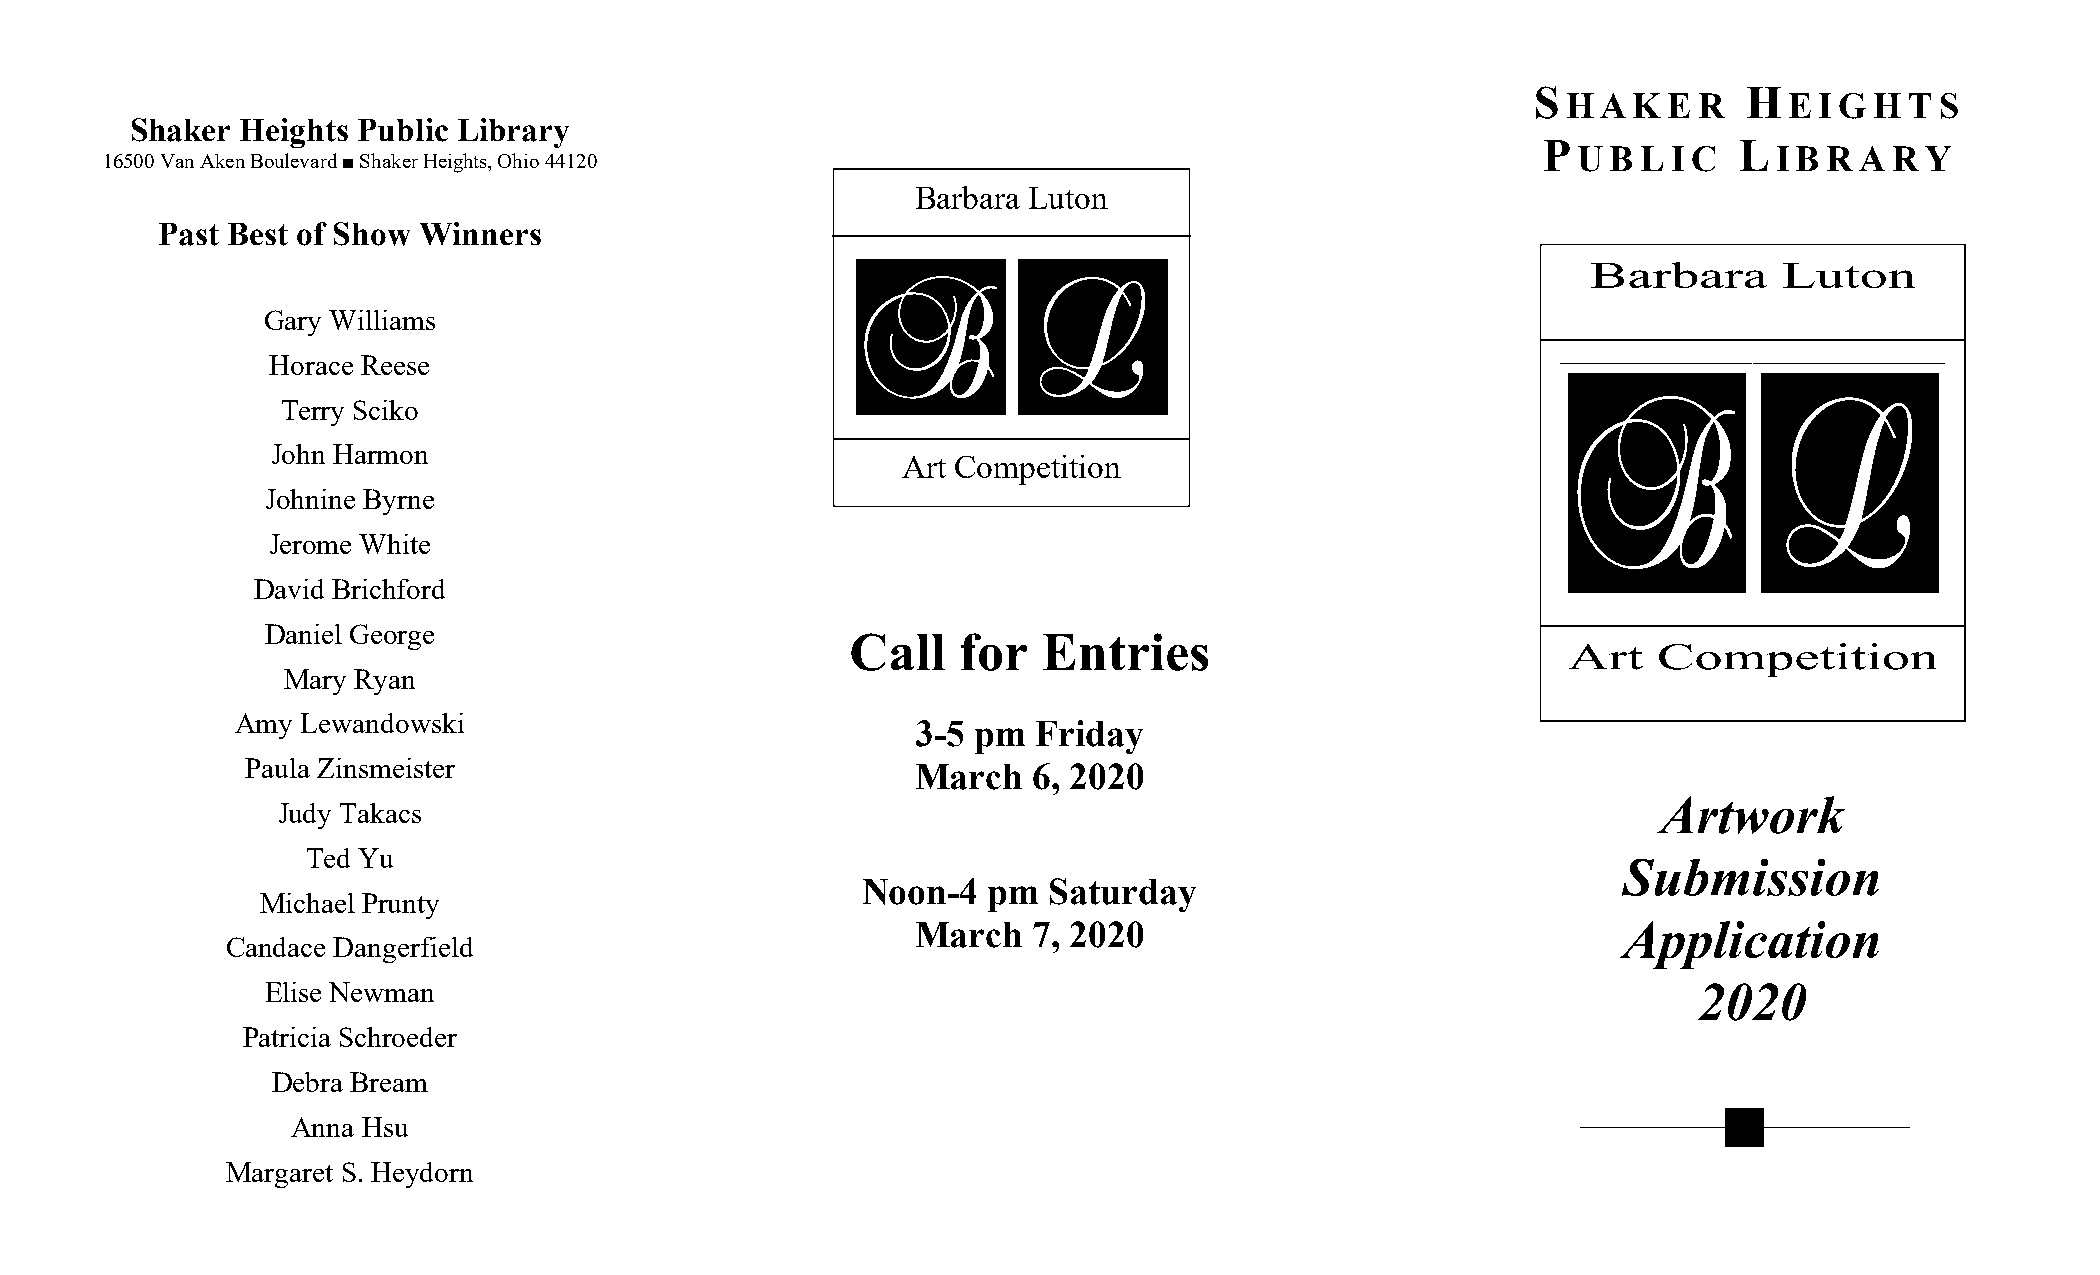
S             H
 HAKER         EIGHTS
 Shaker Heights Public Library
 P            L
 16500 Van Aken Boulevard ■ Shaker Heights, Ohio 44120
 U  B L I C    IBRARY
 Barbara Luton
 Past Best of Show Winners
 Barbara      Luton
 Gary Williams
 Horace Reese
 Terry Sciko
 John Harmon
 Art Competition
 Johnine Byrne
 Jerome White
 David Brichford
 Daniel George
 Call   for   Entries
 Art   Competition
 Mary Ryan
 Amy Lewandowski                              3-5 pm  Friday
 Paula Zinsmeister                            March  6, 2020
 Artwork
 Judy Takacs
 Ted Yu
 Submission
 Noon-4  pm  Saturday
 Michael Prunty
 March  7, 2020                                Application
 Candace Dangerfield
 Elise Newman                                                                                  2020
 Patricia Schroeder
 Debra Bream
 Anna Hsu
 Margaret S. Heydorn